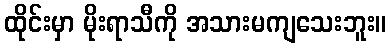
ထိုင်းမှာ မိုးရာသီကို အသားမကျသေးဘူး။